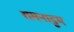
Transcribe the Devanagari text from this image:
रामनाट्ट्म